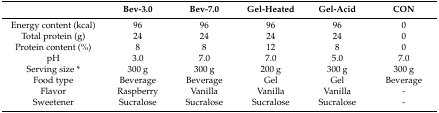
|  | Bev-3.0 | Bev-7.0 | Gel-Heated | Gel-Acid | CON |
 | --- | --- | --- | --- | --- | --- |
 | Energy content (kcal) | 96 | 96 | 96 | 96 | 0 |
 | Total protein (g) | 24 | 24 | 24 | 24 | 0 |
 | Protein content (%) | 8 | 8 | 12 | 8 | 0 |
 | pH | 3.0 | 7.0 | 7.0 | 5.0 | 7.0 |
 | Serving size * | 300 g | 300 g | 200 g | 300 g | 300 g |
 | Food type | Beverage | Beverage | Gel | Gel | Beverage |
 | Flavor | Raspberry | Vanilla | Vanilla | Vanilla | - |
 | Sweetener | Sucralose | Sucralose | Sucralose | Sucralose | - |